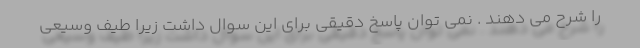
را شرح می دهند . نمی توان پاسخ دقیقی برای این سوال داشت زیرا طیف وسیعی